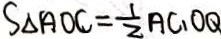
S _ { \Delta A O C } = \frac { 1 } { 2 } A C \cdot O Q